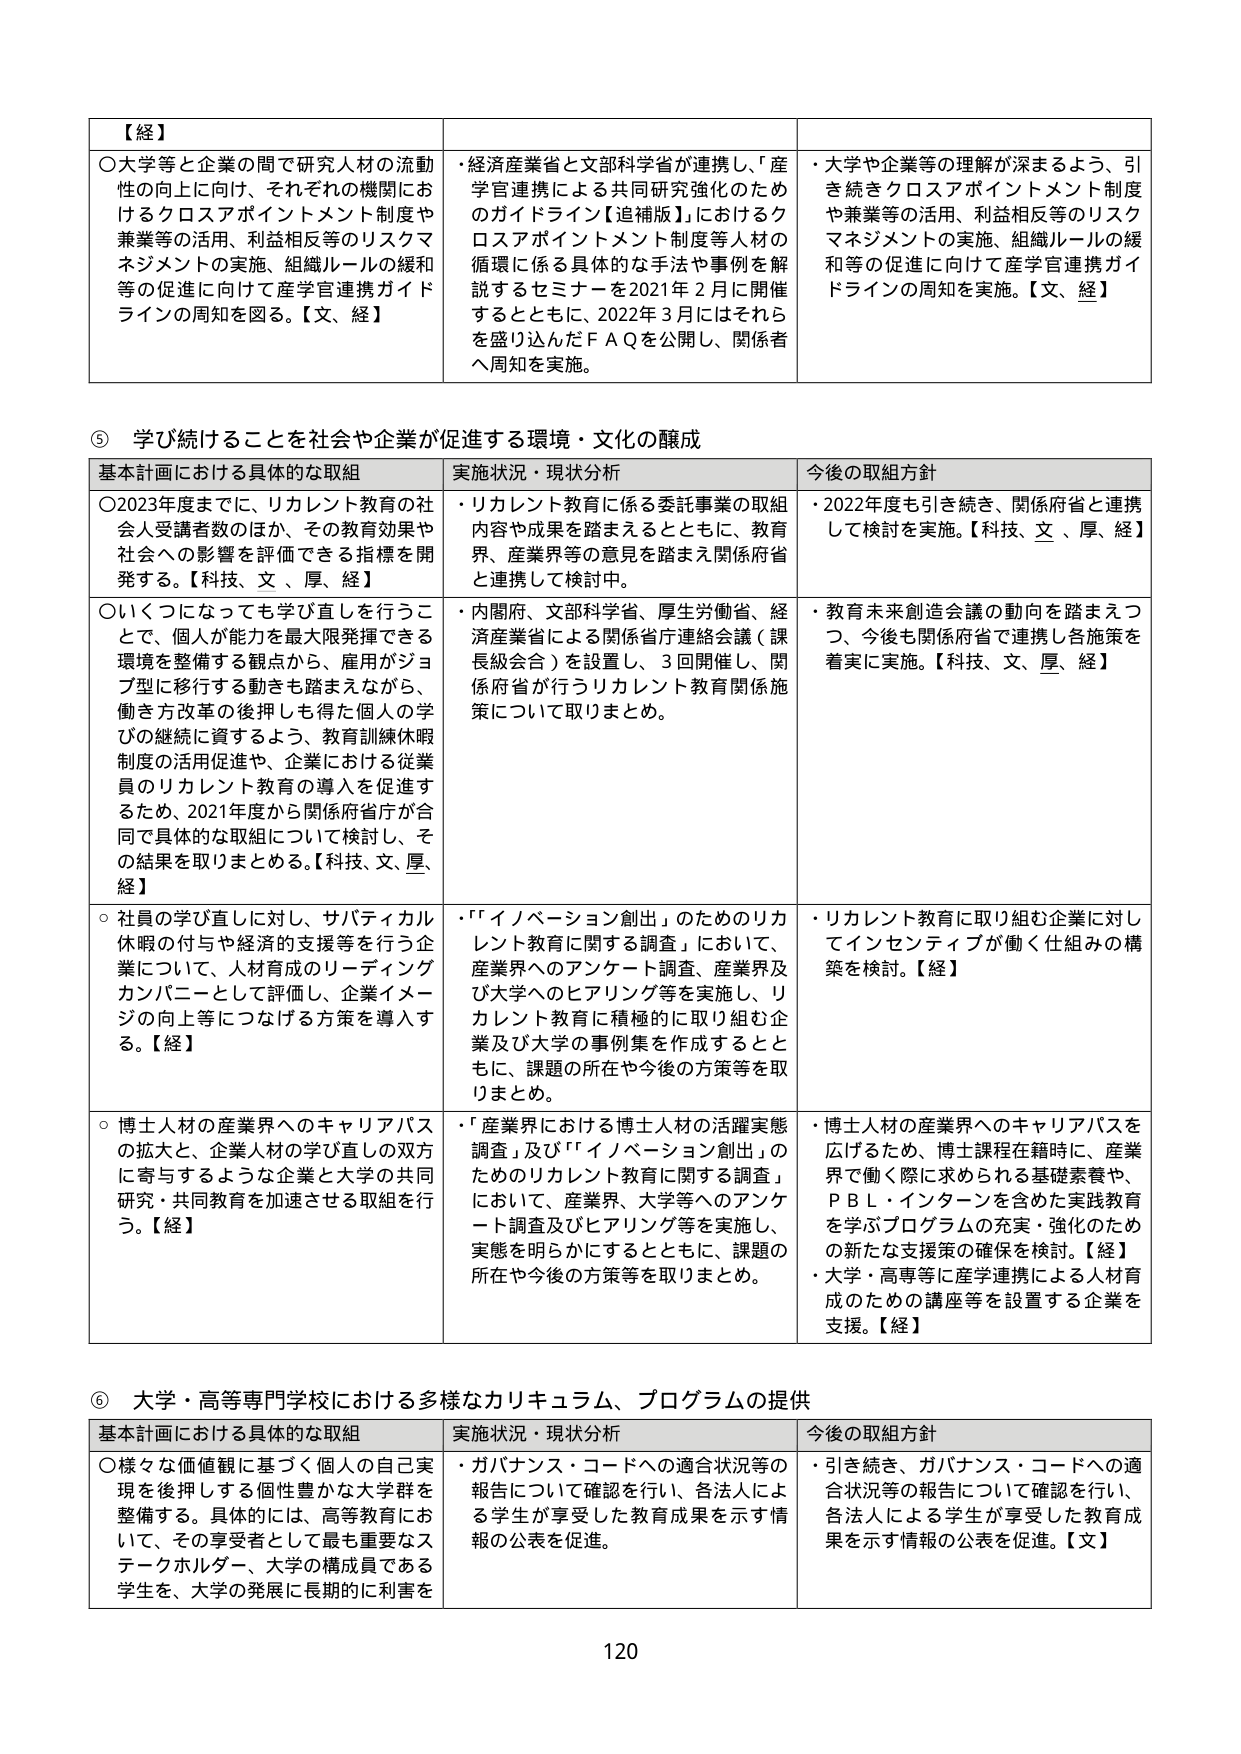
【経】
○大学等と企業の間で研究人材の流動性の向上に向け、それぞれの機関におけるクロスアポイントメント制度や兼業等の活用、利益相反等のリスクマネジメントの実施、組織ルールの緩和等の促進に向けて産学官連携ガイドラインの周知を図る。【文、経】

・経済産業省と文部科学省が連携し、「産学官連携による共同研究強化のためのガイドライン【追補版】」におけるクロスアポイントメント制度等人材の循環に係る具体的な手法や事例を解説するセミナーを2021年2月に開催するとともに、2022年3月にはそれらを盛り込んだＦＡＱを公開し、関係者へ周知を実施。

・大学や企業等の理解が深まるよう、引き続きクロスアポイントメント制度や兼業等の活用、利益相反等のリスクマネジメントの実施、組織ルールの緩和等の促進に向けて産学官連携ガイドラインの周知を実施。【文、経】

⑤ 学び続けることを社会や企業が促進する環境・文化の醸成

基本計画における具体的な取組　　実施状況・現状分析　　今後の取組方針

○2023年度までに、リカレント教育の社会人受講者数のほか、その教育効果や社会への影響を評価できる指標を開発する。【科技、文、厚、経】
・リカレント教育に係る委託事業の取組内容や成果を踏まえるとともに、教育界、産業界等の意見を踏まえ関係府省と連携して検討中。
・2022年度も引き続き、関係府省と連携して検討を実施。【科技、文、厚、経】

○いくつになっても学び直しを行うことで、個人が能力を最大限発揮できる環境を整備する観点から、雇用がジョブ型に移行する動きも踏まえながら、働き方改革の後押しも得た個人の学びの継続に資するよう、教育訓練休暇制度の活用促進や、企業における従業員のリカレント教育の導入を促進するため、2021年度から関係府省庁が合同で具体的な取組について検討し、その結果を取りまとめる。【科技、文、厚、経】
・内閣府、文部科学省、厚生労働省、経済産業省による関係省庁連絡会議（課長級会合）を設置し、3回開催し、関係府省が行うリカレント教育関係施策について取りまとめ。
・教育未来創造会議の動向を踏まえつつ、今後も関係府省で連携し各施策を着実に実施。【科技、文、厚、経】

○社員の学び直しに対し、サバティカル休暇の付与や経済的支援等を行う企業について、人材育成のリーディングカンパニーとして評価し、企業イメージの向上等につなげる方策を導入する。【経】
・「イノベーション創出」のためのリカレント教育に関する調査」において、産業界へのアンケート調査、産業界及び大学へのヒアリング等を実施し、リカレント教育に積極的に取り組む企業及び大学の事例集を作成するとともに、課題の所在や今後の方策等を取りまとめ。
・リカレント教育に取り組む企業に対してインセンティブが働く仕組みの構築を検討。【経】

○博士人材の産業界へのキャリアパスの拡大と、企業人材の学び直しの双方に寄与するような企業と大学の共同研究・共同教育を加速させる取組を行う。【経】
・「産業界における博士人材の活躍実態調査」及び「イノベーション創出」のためのリカレント教育に関する調査」において、産業界、大学等へのアンケート調査及びヒアリング等を実施し、実態を明らかにするとともに、課題の所在や今後の方策等を取りまとめ。
・博士人材の産業界へのキャリアパスを広げるため、博士課程在籍時に、産業界で働く際に求められる基礎素養や、ＰＢＬ・インターンを含めた実践教育を学ぶプログラムの充実・強化のための新たな支援策の確保を検討。【経】
・大学・高専等に産学連携による人材育成のための講座等を設置する企業を支援。【文】

⑥ 大学・高等専門学校における多様なカリキュラム、プログラムの提供

基本計画における具体的な取組　　実施状況・現状分析　　今後の取組方針

○様々な価値観に基づく個人の自己実現を後押しする個性豊かな大学群を整備する。具体的には、高等教育において、その享受者として最も重要なステークホルダー、大学の構成員である学生を、大学の発展に長期的に利害を
・ガバナンス・コードへの適合状況等の報告について確認を行い、各法人による学生が享受した教育成果を示す情報の公表を促進。
・引き続き、ガバナンス・コードへの適合状況等の報告について確認を行い、各法人による学生が享受した教育成果を示す情報の公表を促進。【文】

120